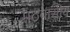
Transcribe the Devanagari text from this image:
मठवासीय